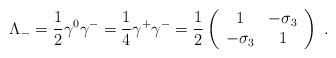
LaTeX: \begin{align*}\Lambda_-= {1 \over 2} \gamma^0 \gamma^-={1 \over 4} \gamma^+ \gamma^-= {1 \over 2} \left(\begin{array}{cc} 1 & -\sigma_3 \\ -\sigma_3 & 1 \end{array}\right) \;.\end{align*}